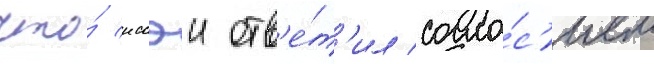
что́ иссэи отв'е́т'ил согла́с'ием